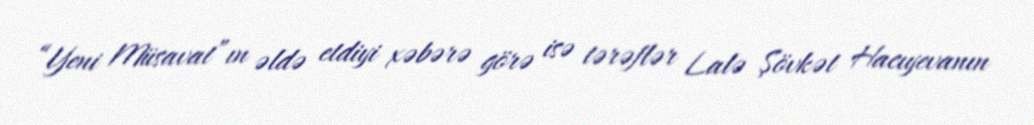
“Yeni Müsavat”ın əldə etdiyi xəbərə görə isə tərəflər Lalə Şövkət Hacıyevanın